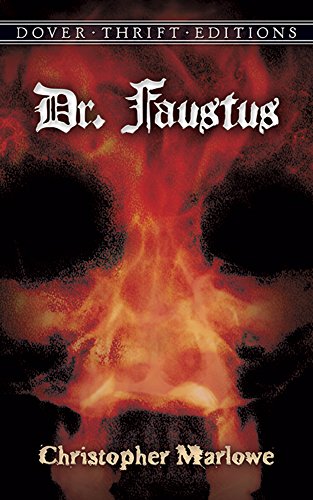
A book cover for Dr. Faustus (Dover Thrift Editions); Christopher Marlowe; Literature & Fiction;